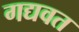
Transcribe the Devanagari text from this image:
गद्यवत